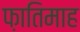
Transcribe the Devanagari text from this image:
फ़ातिमाह